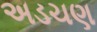
અડચણ